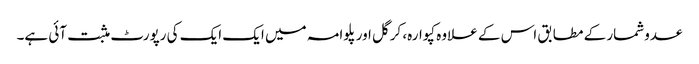
عدوشمار کے مطابق اس کے علاوہ کپوارہ، کرگل اور پلوامہ میں ایک ایک کی رپورٹ مثبت آئی ہے۔